Scottish Leaving Certificate Examination, 1961
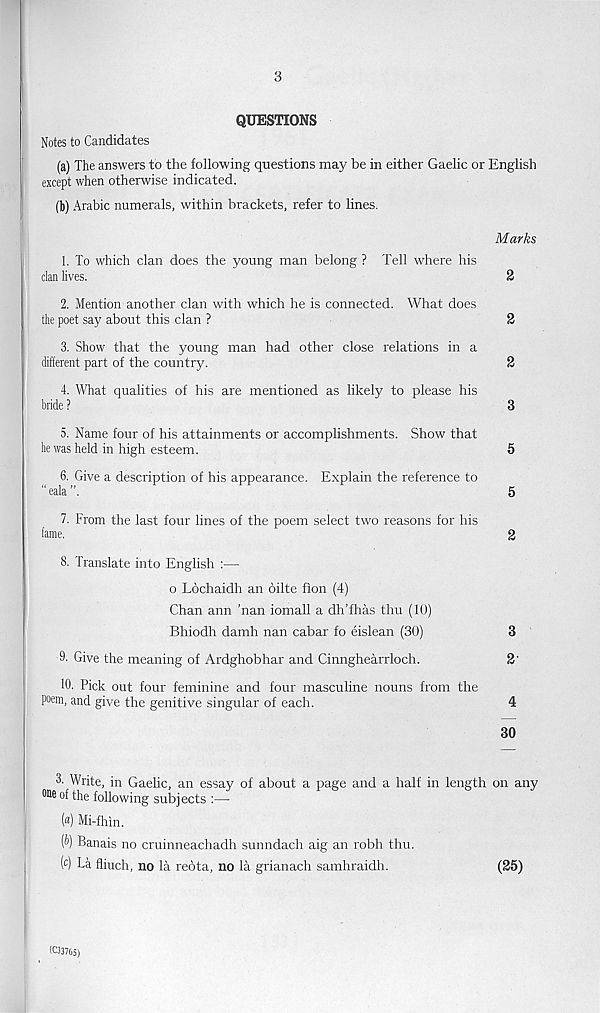
3
QUESTIONS
Notes to Candidates
(a) The answers to the following questions may be in either Gaelic or English
except when otherwise indicated.
(b) Arabic numerals, within brackets, refer to lines.
Marks
1. To which clan does the young man belong ? Tell where his
dan lives.
2
2. Mention another clan with which he is connected. What does
the poet say about this clan ?
2
3. Show that the young man had other close relations in a
different part of the country.
2
4. What qualities of his are mentioned as likely to please his
bride ?
3
5. Name four of his attainments or accomplishments. Show that
he was held in high esteem.
5
6. Give a description of his appearance. Explain the reference to
"eala”.
5
7. From the last four lines of the poem select two reasons for his
fame.
2
8. Translate into English :—
o Ldchaidh an oilte fion (4)
Chan ann 'nan iomall a dh’fhas thu (10)
Bhiodh damh nan cabar fo eislean (30)
3
9- Give the meaning of Ardghobhar and Cinnghearrloch.
2'
10. Pick out four feminine and four masculine nouns from the
poem, and give the genitive singular of each.
4
30
3. Write, in Gaelic, an essay of about a page and a half in length on any
one of the following subjects :—
(«) Mi-fhin.
(b) Banais no cruinneachadh sunndach aig an robh thu.
( c ) La fliuch, no la reota, no la grianach samhraidh.
(25)
(033765)